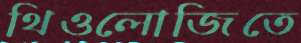
থিওলোজিতে